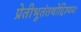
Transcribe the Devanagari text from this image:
प्रेतीभूतंतथोद्दिश्ययः